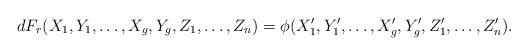
LaTeX: \begin{align*}dF_r(X_1,Y_1,\ldots ,X_g,Y_g,Z_1,\ldots,Z_n) = \phi (X_1',Y_1',\ldots ,X_g',Y_g',Z_1',\ldots ,Z_n').\end{align*}